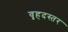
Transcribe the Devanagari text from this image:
वृहदस्तर